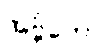
အဗ္ဘိတော